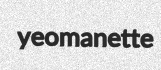
yeomanette